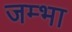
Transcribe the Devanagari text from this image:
जम्भा